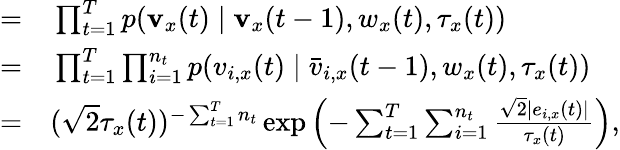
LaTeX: \begin{array}{rl}{=}&{{}\prod_{t=1}^{T}p(\mathbf v_{x}(t)\mid\mathbf v_{x}(t-1),w_{x}(t),\tau_{x}(t))}\\ {=}&{{}\prod_{t=1}^{T}\prod_{i=1}^{n_{t}}p(v_{i,x}(t)\mid\bar{v}_{i,x}(t-1),w_{x}(t),\tau_{x}(t))}\\ {=}&{{}(\sqrt{2}\tau_{x}(t))^{-\sum_{t=1}^{T}{n_{t}}}\exp\left(-\sum_{t=1}^{T}\sum_{i=1}^{n_{t}}\frac{\sqrt{2}\left|e_{i,x}(t)\right|}{{\tau_{x}(t)}}\right),}\end{array}